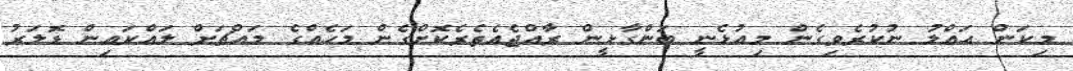
މިކަން ޙައްލު ނުކުރެވިގެން މިއުޅެނީ ބަންގާޅީން ރާއްޖެއެތެރެކޮށްގެން މަހެއްގެ މައްޗަށް ލައްކައިން ޑޮލަރު